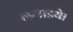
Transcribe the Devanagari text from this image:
लगाइये।